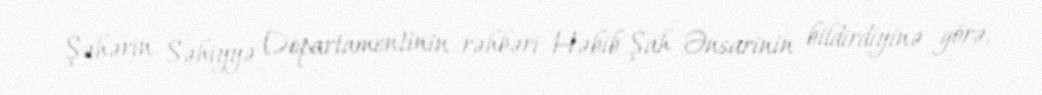
Şəhərin Səhiyyə Departamentinin rəhbəri Həbib Şah Ənsarinin bildirdiyinə görə,